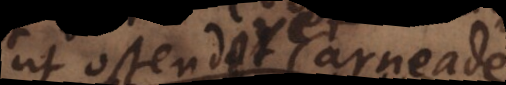
ut ostenderet Carneades,